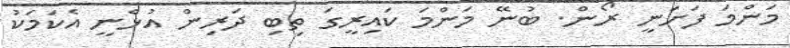
މަންމަ ފަށަނީ ރޯން. ބުނޭ މަންމަ ކައިރީގަ ތިބި ދަރިން އުޅެނީ އެކަމަކު